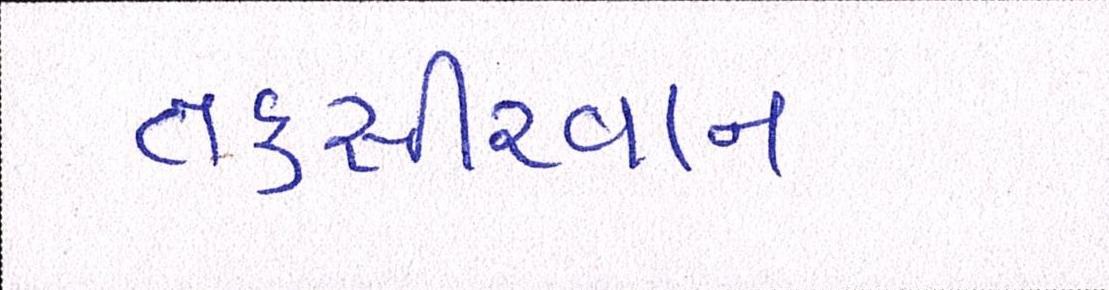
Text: તકસીરવાન